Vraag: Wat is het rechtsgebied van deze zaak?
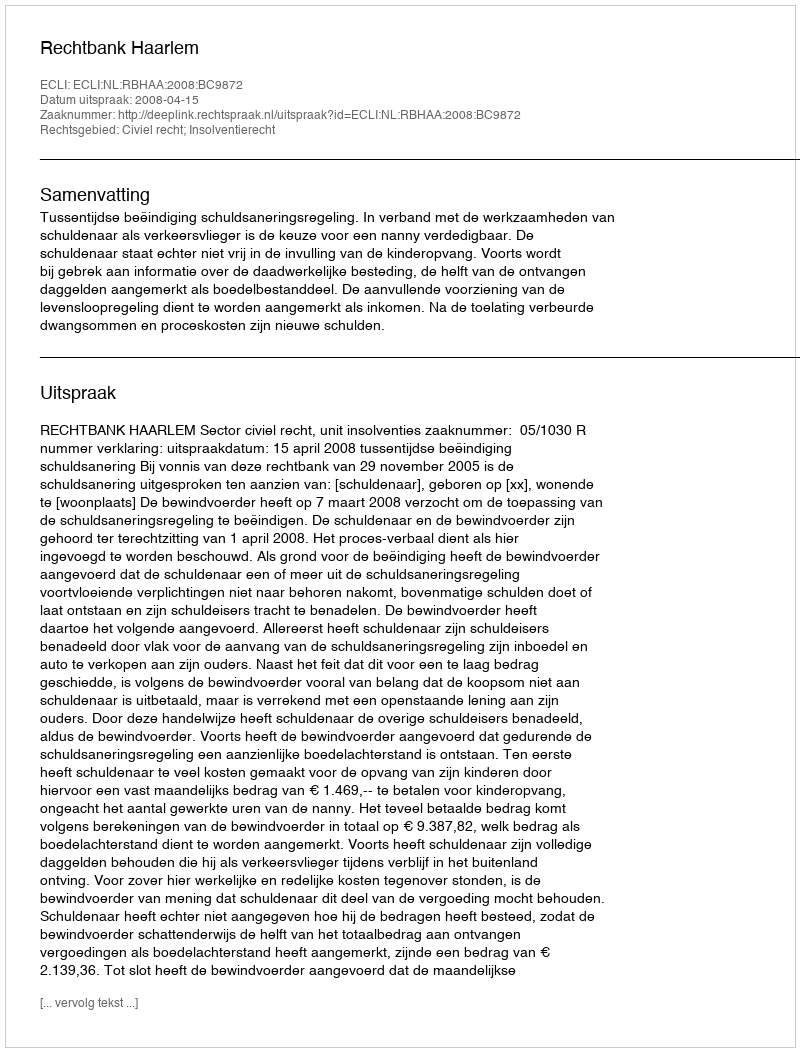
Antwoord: Civiel recht; Insolventierecht